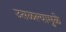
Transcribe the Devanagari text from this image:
उसळल्यामुळे